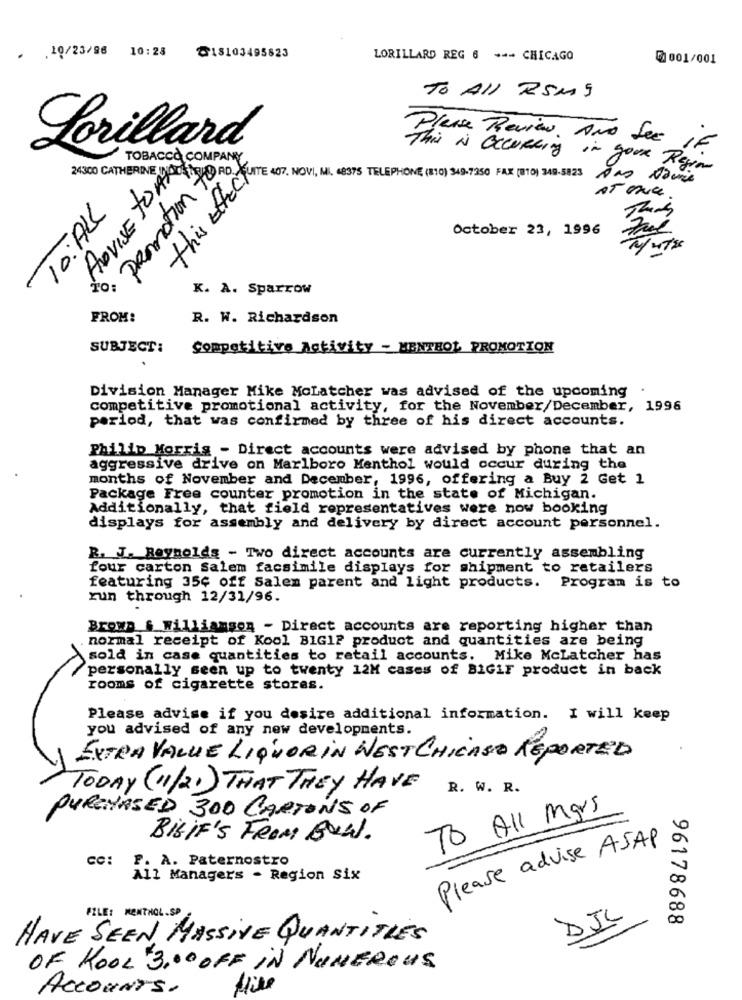
. . 19/23/96 10:28
@18103495823
LORILLARD REG 6 --- CHICAGO
₡1 001/001
TO All RSM 5
Please Review. AND See
Lorillard
16
TOBACCO COMPANY
this Effecton
24300 CATHERINE
ADVISE to AVOID
This is OCCURRing in your Regime
· Promotion
Want Het NOW, N. 49999 BORA FAX (10)
TO:ALL
This
October 23, 1996
K. A. Sparrow
FROM:
R. W. Richardson
SUBJECT:
Competitivo Activity - MENTHOL PROMOTION
Division Manager Mike MoLatcher was advised of the upcoming .
competitive promotional activity, for the November/December, 1996
period, that was confirmed by three of his direct accounts.
Philip Morris - Direct accounts were advised by phone that an
aggressive drive on Marlboro Menthol would occur during the
months of November and December, 1996, offering a Buy 2 Get 1
Package Free counter promotion in the state of Michigan.
Additionally, that field representatives were now booking
displays for assembly and delivery by direct account personnel.
R. J. Reynolds - Two direct accounts are currently assembling
four carton Salem facsimile displays for shipment to retailers
featuring 35¢ off Salem parent and light products. Program is to
run through 12/31/96.
Brown & Williamson - Direct accounts are reporting higher than
normal receipt of Kool BIG1P product and quantities are being
sold in case quantities to retail accounts. Mike McLatcher has
personally seen up to twenty 12M cases of BIGIF product in back
rooms of cigarette stores.
Please advise if you desire additional information. I will keep
you advised of any new developments
EXTRA VALUE LIQUORIN WEST CHICASO REPORTED
TODAY ( 11/21 ) THAT THEY HAVE
R. W. R.
TO All Mars
PURCHASED 300 CARTONS OF
BisIF'S FROM BOWL.
Please advise ASAP
CC:
F. A. Paternostro
All Managers - Region Six
FILE: MENTHOL.SP
DJL
96178688
HAVE SEEN MASSIVE QUANTITIES
OF KOOL 3.00 OFF IN NUMEROUS
ACCOUNTS.